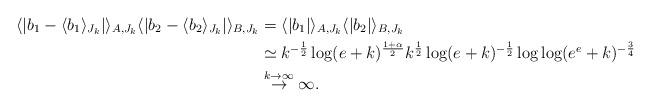
LaTeX: \begin{align*}\langle |b_1-\langle b_1\rangle_{J_k}|\rangle_{A, J_k} \langle |b_2-\langle b_2\rangle_{J_k}|\rangle_{B,J_k}&=\langle |b_1|\rangle_{A, J_k} \langle |b_2|\rangle_{B,J_k}\\&\simeq k^{-\frac 12}\log(e+k)^{\frac{1+\alpha}2} k^{\frac 12}\log(e+k)^{-\frac 12}\log\log(e^e+k)^{-\frac 34}\\&\overset{k\rightarrow\infty}{\rightarrow}\infty.\end{align*}